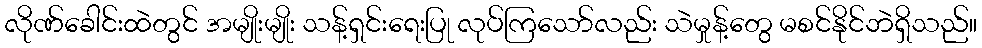
လိုဏ်ခေါင်းထဲတွင် အမျိုးမျိုး သန့်ရှင်းရေးပြု လုပ်ကြသော်လည်း သဲမှုန့်တွေ မစင်နိုင်ဘဲရှိသည်။